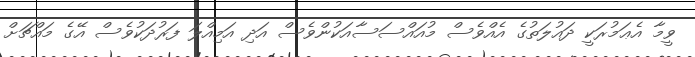
ވީމާ އެޢަމުރަކީ ދައުލަތުގެ އެއްވެސް މުއައްސަސާއަކުންވެސް އަދި އަމިއްލަ ފަރުދަކުވެސް އޭގެ މައްޗަށް